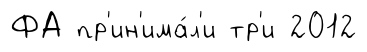
ФА пр'ин'има́л'и тр'и 2012